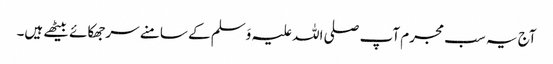
آج یہ سب مجرم آپ صلی اللہ علیہ وَسلم کے سامنے سرجھکائے بیٹھے ہیں۔